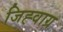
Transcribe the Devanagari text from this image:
जिह्वाग्र